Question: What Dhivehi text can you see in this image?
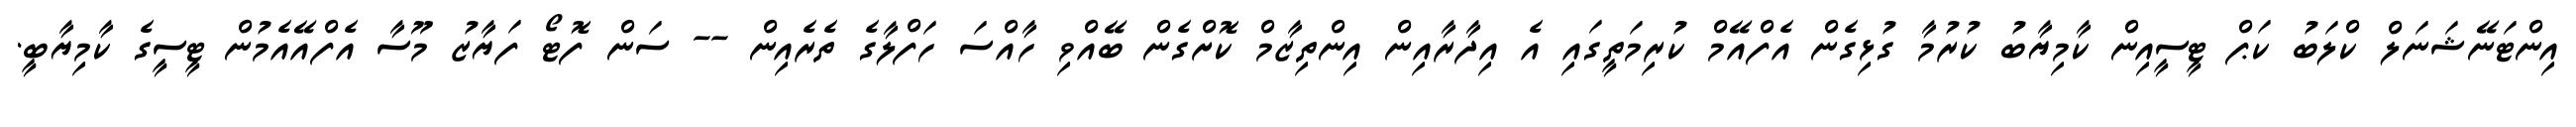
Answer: އިންޓަނޭޝަނަލް ކްލަބު ކަޕް ޓީސީއިން ކާމިޔާބު ކުރުމާ ގުޅިގެން އެފްއޭމް ކުރިމަތީގައި އެ އިދާރާއިން އިންތިޒާމް ކޮށްގެން ބޭއްވި ހާއްސަ ހަފްލާގެ ތެރެއިން -- ސަން ފޮޓޯ ފަޔާޒު މޫސާ އެފްއޭއެމުން ޓީސީގެ ކާމިޔާބީ.